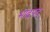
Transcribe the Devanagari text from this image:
भाद्रपद्